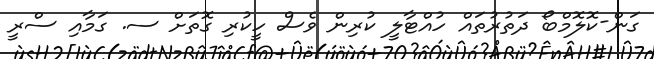
ގަން-ކޮލޮމްބޯ ދަތުރުތައް ހުއްޓާލީ ކުރިން ވެސް ހީކުރި ގޮތަށް ސ. ގަމާއި ސްރީ